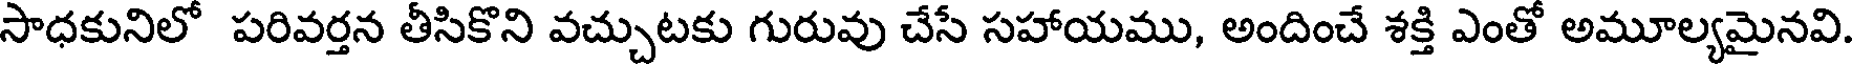
సాధకునిలో పరివర్తన తీసికొని వచ్చుటకు గురువు చేసే సహాయము, అందించే శక్తి ఎంతో అమూల్యమైనవి.